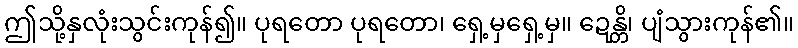
ဤသို့နှလုံးသွင်းကုန်၍။ ပုရတော ပုရတော၊ ရှေ့မှရှေ့မှ။ ဍေန္တိ၊ ပျံသွားကုန်၏။